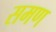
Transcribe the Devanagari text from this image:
समण